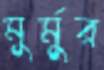
মুর্মুর